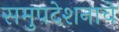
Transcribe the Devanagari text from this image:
समुपदेशनाचे